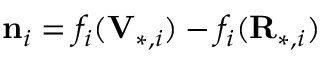
\mathbf { n } _ { i } = f _ { i } ( \mathbf { V } _ { * , i } ) - f _ { i } ( \mathbf { R } _ { * , i } )